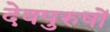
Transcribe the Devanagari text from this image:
देवपुरुषों